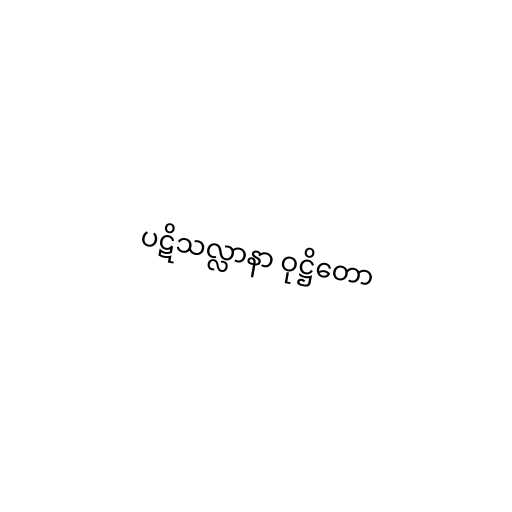
ပဋိသလ္လာနာ ဝုဋ္ဌိတော